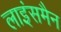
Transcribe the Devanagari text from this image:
लाइंसमैन